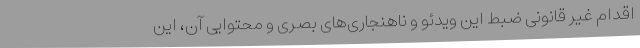
اقدام غیر قانونی ضبط این ویدئو و ناهنجاری‌های بصری و محتوایی آن، این